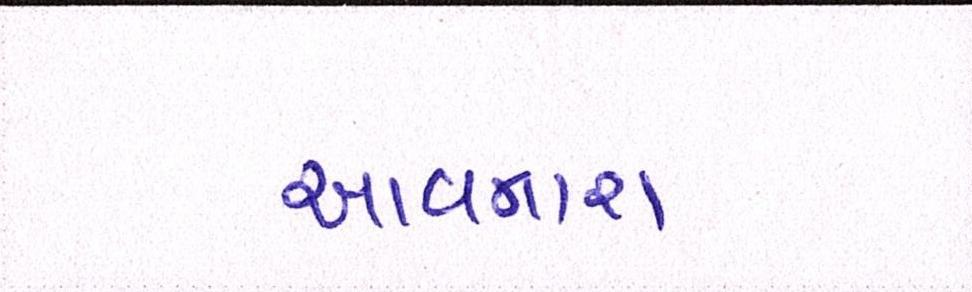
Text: આવનારા